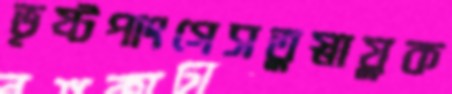
ভৃষ্টপাংগেসতুস্নায়ুক